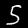
Label: 5